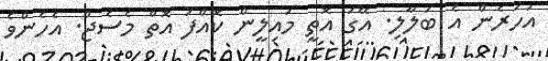
އަހަރެން އެ ބަލާލި. އޭގަ އޮތީ މައިލީން ކޮއްފަ އޮތް މެސެޖް. އެހެންވެ